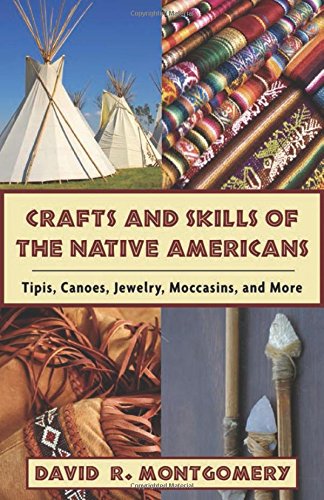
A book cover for Crafts and Skills of the Native Americans: Tipis, Canoes, Jewelry, Moccasins, and More; David R. Montgomery; Crafts, Hobbies & Home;